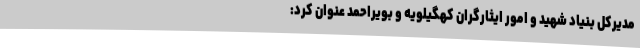
مدیرکل بنیاد شهید و امور ایثارگران کهگیلویه و بویراحمد عنوان کرد: